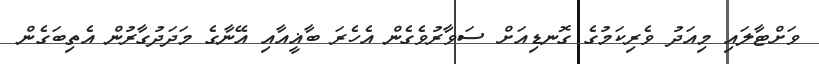
ވަށްޓާލައި މިއަދު ވެރިކަމުގެ ގޮނޑިއަށް ސަވާރުވެގެން އެހެރަ ބާޣީއާއި އޭނާގެ މަދަދުގާރުން އެތިބަގެން